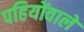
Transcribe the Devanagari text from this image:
पहियोंवाले